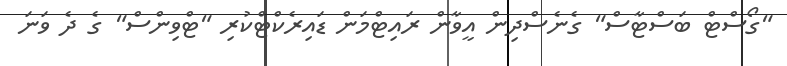
"ގޯސްޓް ބަސްޓާސް" ގެނެސްދިން އީވާން ރައިޓްމަން ޑައިރެކްޓްކުރި "ޓްވިންސް" ގެ ދެ ވަނަ